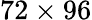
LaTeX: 72\times 96